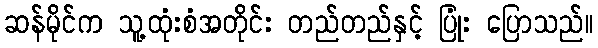
ဆန်မိုင်က သူ့ထုံးစံအတိုင်း တည်တည်နှင့် ပြုံး ပြောသည်။